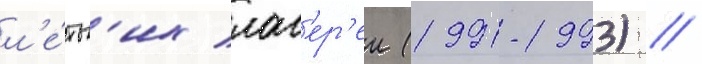
л'е́тн'их лаг'ер'еи (1991-1993) //